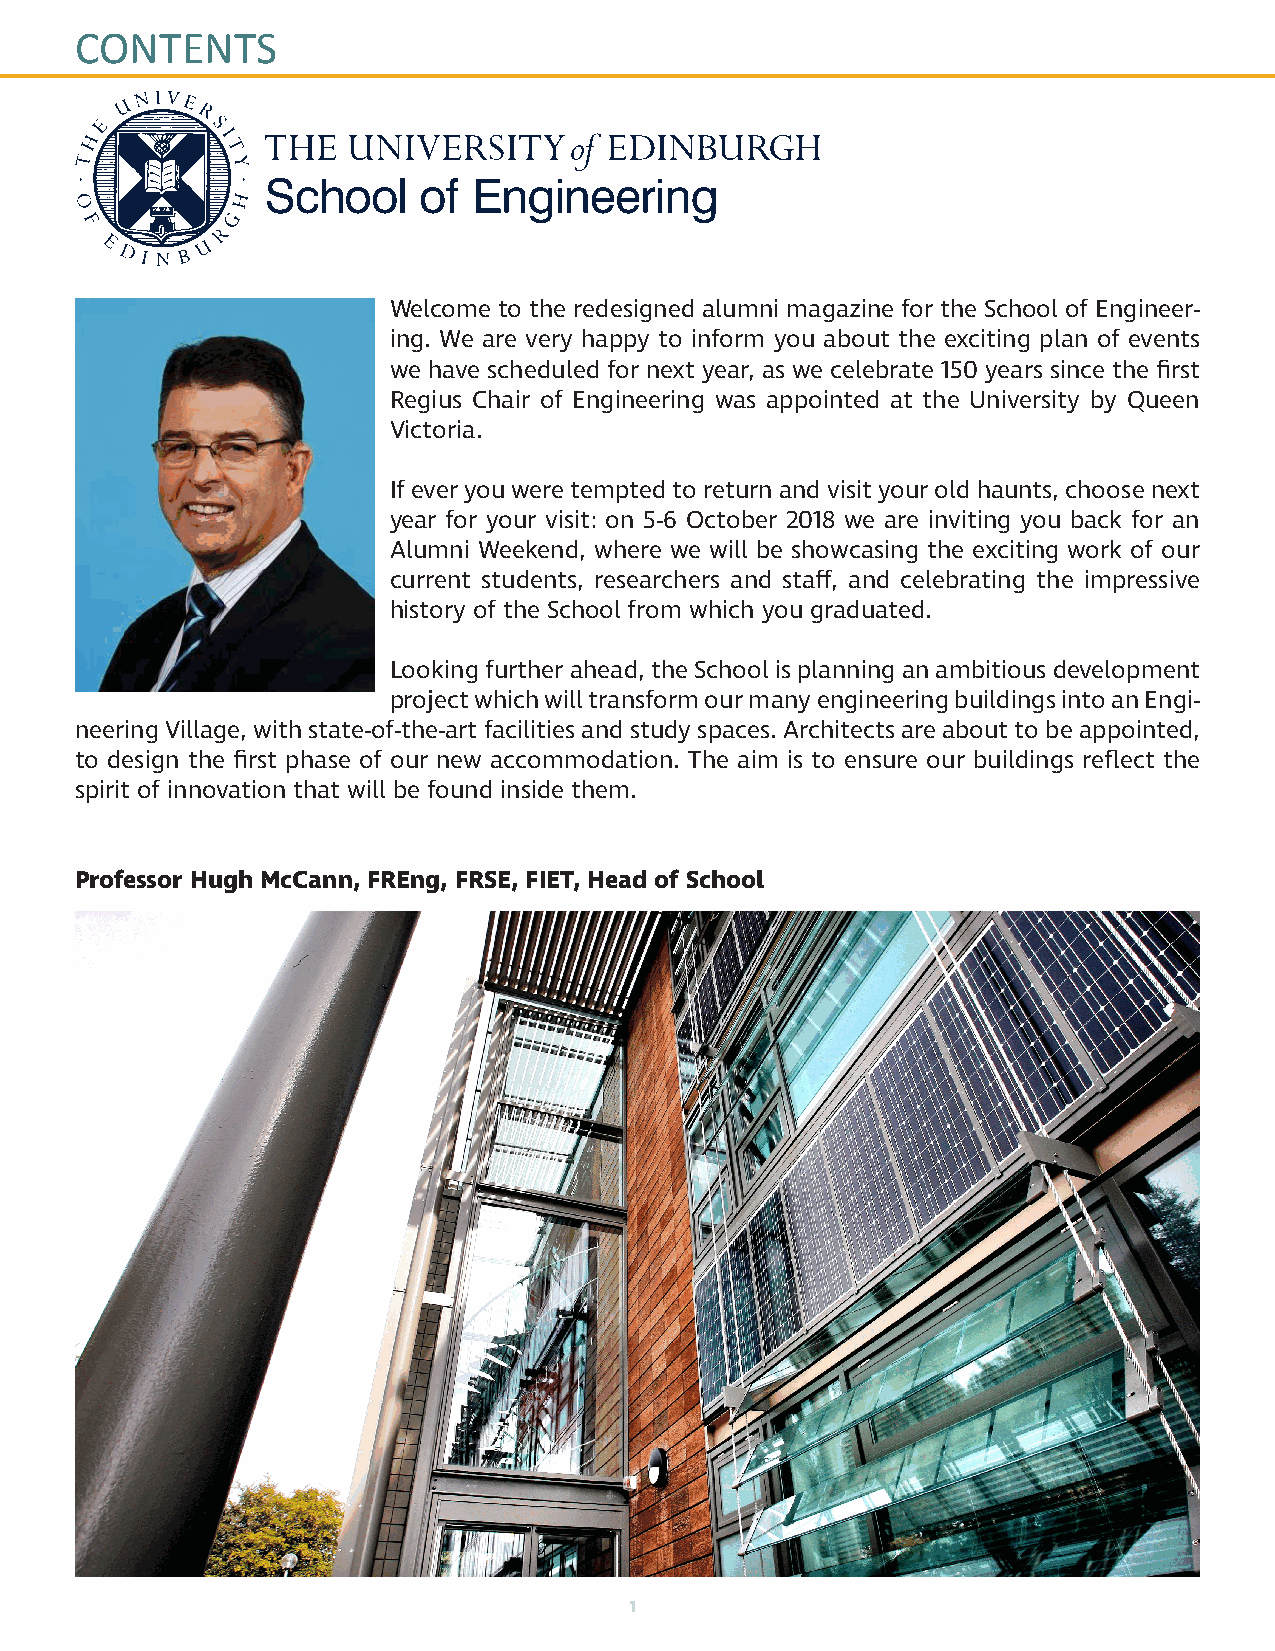
CONTENTS
 Welcome to the redesigned alumni magazine for the School of Engineer-
 ing. We are very happy to inform you about the exciting plan of events
 we have scheduled for next year, as we celebrate 150 years since the first
 Regius Chair of Engineering was appointed at the University by Queen
 Victoria.
 If ever you were tempted to return and visit your old haunts, choose next
 year for your visit: on 5-6 October 2018 we are inviting you back for an
 Alumni Weekend, where we will be showcasing the exciting work of our
 current students, researchers and staff, and celebrating the impressive
 history of the School from which you graduated.
 Looking further ahead, the School is planning an ambitious development
 project which will transform our many engineering buildings into an Engi-
 neering Village, with state-of-the-art facilities and study spaces. Architects are about to be appointed,
 to design the first phase of our new accommodation. The aim is to ensure our buildings reflect the
 spirit of innovation that will be found inside them.
 Professor Hugh McCann, FREng, FRSE, FIET, Head of School
 1